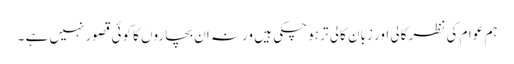
ہم عوام کی نظر کالی اور زبان کالی تر ہو چکی ہیں ورنہ ان بچاروں کا کوئی قصور نہیں ہے ۔